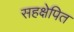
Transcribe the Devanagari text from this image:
सहक्षेपित